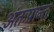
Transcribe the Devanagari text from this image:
अंतःप्रान्त